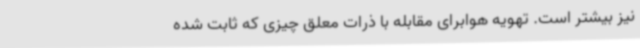
نیز بیشتر است. تهویه هوابرای مقابله با ذرات معلق چیزی که ثابت شده